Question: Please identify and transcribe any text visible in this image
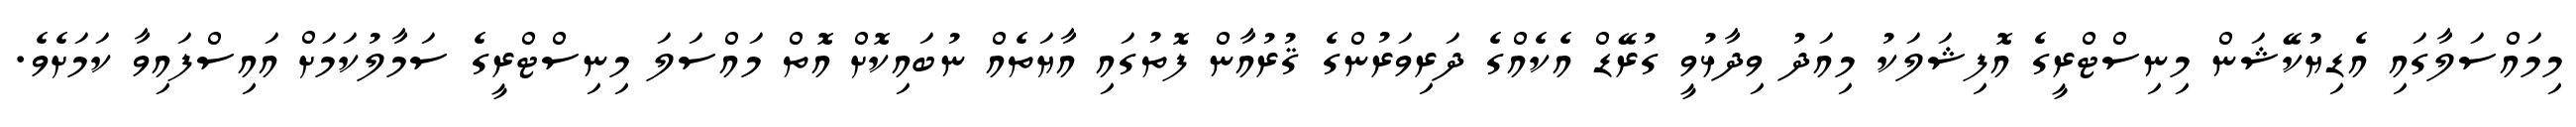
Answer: މިމައްސަލާގައި އެޑިޔުކޭޝަން މިނިސްޓްރީގެ އޮފިޝަލަކު މިއަދު ވިދާޅުވީ ގުރޭޑް އެކެއްގެ ދަރިވަރުންގެ ޤުރުއާން ފޮތުގައި އާޔަތެއް ނުބައިކޮށް އޮތް މައްސަލަ މިނިސްޓްރީގެ ސަމާލުކަމަށް އައިސްފައިވާ ކަމަށެވެ.